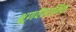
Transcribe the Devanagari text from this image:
भ्रूणवैज्ञानिक